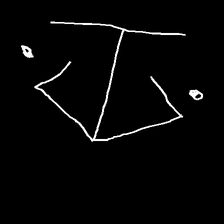
Glyph: earth